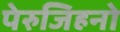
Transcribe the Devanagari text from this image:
पेरुजिहनो